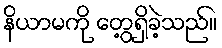
နိယာမကို တွေ့ရှိခဲ့သည်။